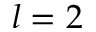
l = 2